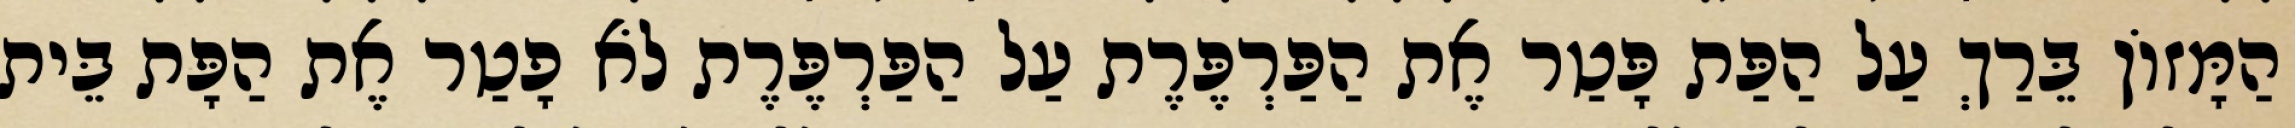
הַמָּזוֹן בֵּרַךְ עַל הַפַּת פָּטַר אֶת הַפַּרְפֶּרֶת עַל הַפַּרְפֶּרֶת לֹא פָטַר אֶת הַפָּת בֵּית